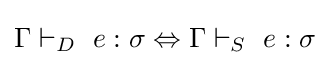
\Gamma \vdash _{D}\ e:\sigma \Leftrightarrow \Gamma \vdash _{S}\ e:\sigma